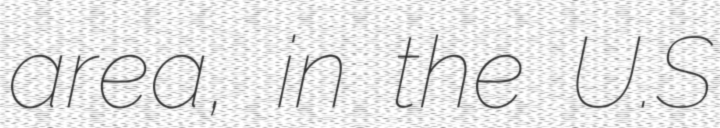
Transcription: area, in the U.S